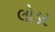
લોડર